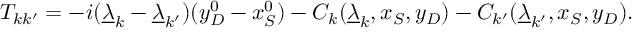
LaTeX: { \cal T } _ { k k ^ { \prime } } = - i ( \underline { { \lambda } } _ { k } - \underline { { \lambda } } _ { k ^ { \prime } } ) ( y _ { D } ^ { 0 } - x _ { S } ^ { 0 } ) - C _ { k } ( \underline { { \lambda } } _ { k } , x _ { S } , y _ { D } ) - C _ { k ^ { \prime } } ( \underline { { \lambda } } _ { k ^ { \prime } } , x _ { S } , y _ { D } ) .